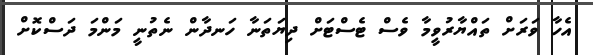
އެހާ ވަރަށް ތައްޔާރުވީމާ ވެސް ޓެސްޓަށް ދިޔަތަނާ ހަނދާން ނެތުނީ މަންމަ ދަސްކޮށް